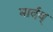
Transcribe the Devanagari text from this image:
मार्दव्